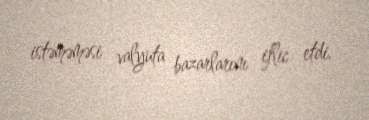
istəməməsi valyuta bazarlarını iflic etdi.